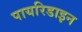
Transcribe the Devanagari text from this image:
पायरिडाइन